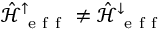
\hat { \mathcal { H } } _ { \mathrm { ~ e ~ f ~ f ~ } } ^ { \uparrow } \neq \hat { \mathcal { H } } _ { \mathrm { ~ e ~ f ~ f ~ } } ^ { \downarrow }